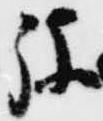
弥